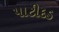
પાટીદડ